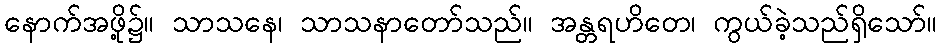
နောက်အဖို့၌။ သာသနေ၊ သာသနာတော်သည်။ အန္တရဟိတေ၊ ကွယ်ခဲ့သည်ရှိသော်။